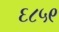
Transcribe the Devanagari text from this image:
६८५९